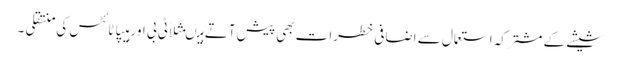
شیشے کے مشترکہ استعمال سے اضافی خطرات بھی پیش آتے ہیںمثلاًٹی بی اور ہیپاٹائٹس کی منتقلی ۔